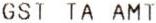
GST TA AMT